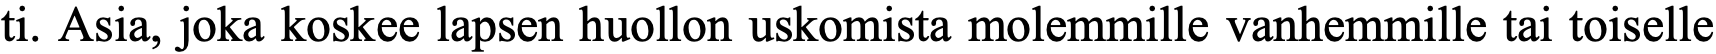
ti. Asia, joka koskee lapsen huollon uskomista molemmille vanhemmille tai toiselle